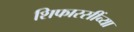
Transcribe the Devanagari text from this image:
शिफारसींच्या